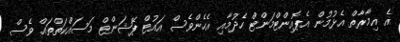
އެ އިމާރާތް އެޅުމުން އެޕޮއިންޓްމަންޓް ހެދުމާއި އެހެންވެސް އައުޓް ޕޭޝަންޓް މަސައްކަތްތައް ވެސް